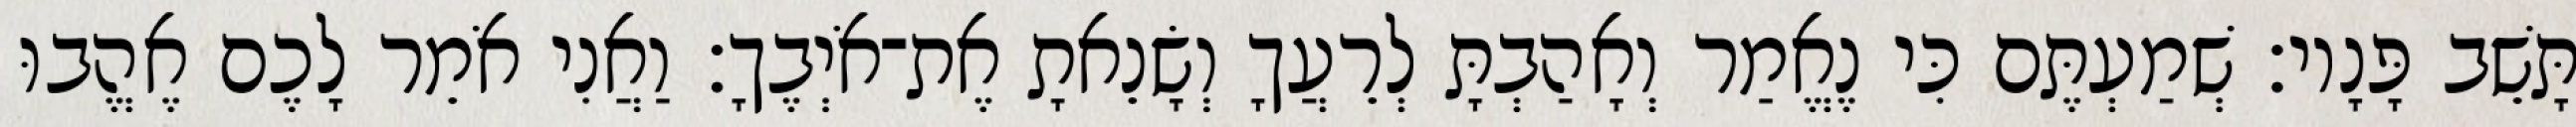
תָּשֵׁב פָּנָיו׃ שְׁמַעְתֶּם כִּי נֶאֱמַר וְאָהַבְתָּ לְרֵעֲךָ וְשָׂנֵאתָ אֶת־אֹיְבֶךָ׃ וַאֲנִי אֹמֵר לָכֶם אֶהֱבוּ